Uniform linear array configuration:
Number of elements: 4
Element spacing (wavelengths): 0.5
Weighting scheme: hann
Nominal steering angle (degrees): -15
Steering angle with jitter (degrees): -15.233
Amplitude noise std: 0.05
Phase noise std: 0.05

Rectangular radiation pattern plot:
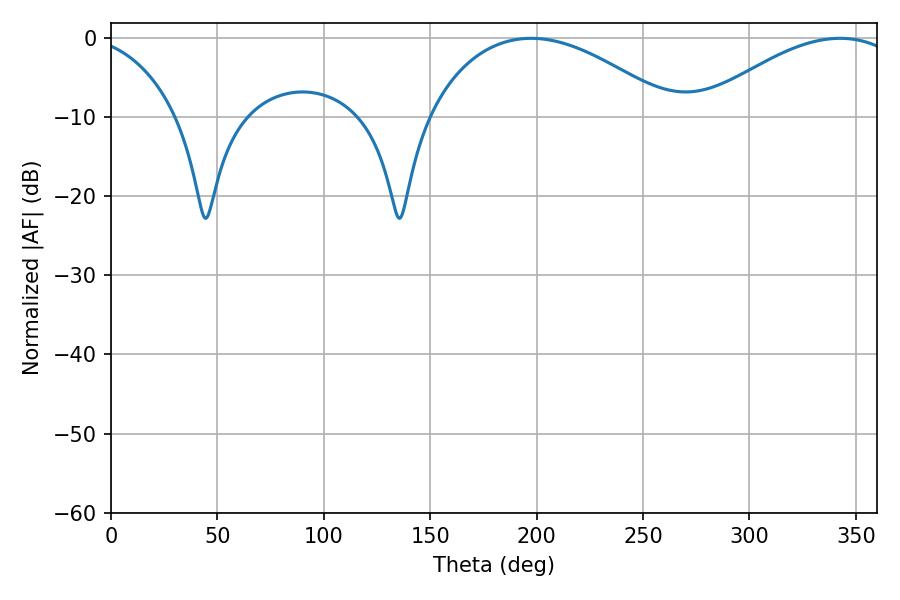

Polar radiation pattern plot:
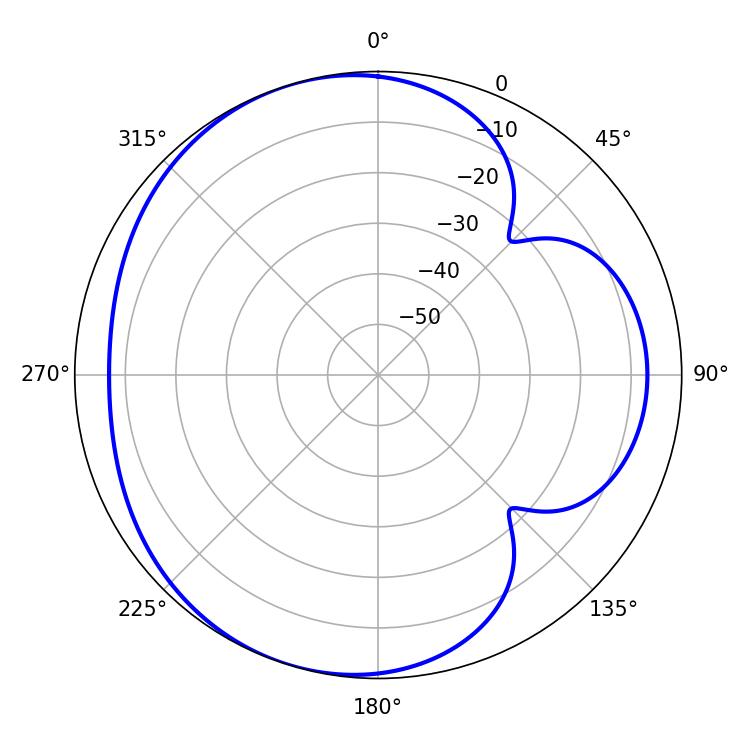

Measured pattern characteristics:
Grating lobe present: FALSE
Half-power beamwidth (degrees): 64.62
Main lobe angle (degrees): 197.46